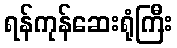
ရန်ကုန်ဆေးရုံကြီး